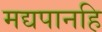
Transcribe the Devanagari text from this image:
मद्यपानहि